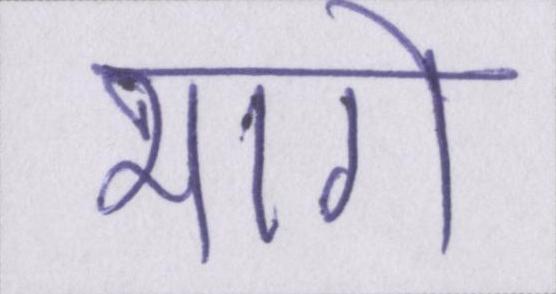
भागे